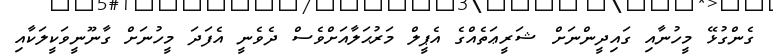
ގެންގުޅޭ މީހުނާއި ގައިދީންނަށް ޝަރީޢަތެއްގެ އެޕީލް މަރުޙަލާއަށްވެސް ދެވެނީ އެފަދަ މީހުނަށް ގާނޫނީވަކީލަކާއި